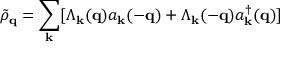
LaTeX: { \tilde { \rho } } _ { { \bf { q } } } = \sum _ { { \bf { k } } } [ \Lambda _ { { \bf { k } } } ( { \bf { q } } ) a _ { { \bf { k } } } ( - { \bf { q } } ) + \Lambda _ { { \bf { k } } } ( - { \bf { q } } ) a _ { { \bf { k } } } ^ { \dagger } ( { \bf { q } } ) ]